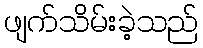
ဖျက်သိမ်းခဲ့သည်